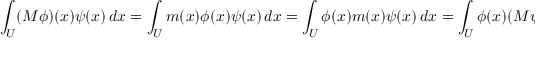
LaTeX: \int _ { U } ( M \phi ) ( x ) \psi ( x ) \, d x = \int _ { U } m ( x ) \phi ( x ) \psi ( x ) \, d x = \int _ { U } \phi ( x ) m ( x ) \psi ( x ) \, d x = \int _ { U } \phi ( x ) ( M \psi ) ( x ) \, d x ,